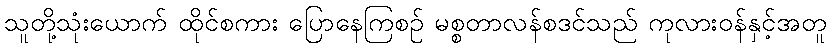
သူတို့သုံးယောက် ထိုင်စကား ပြောနေကြစဉ် မစ္စတာလန်စဒင်သည် ကုလားဝန်နှင့်အတူ